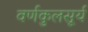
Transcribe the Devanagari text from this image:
वर्णकुलसूर्य